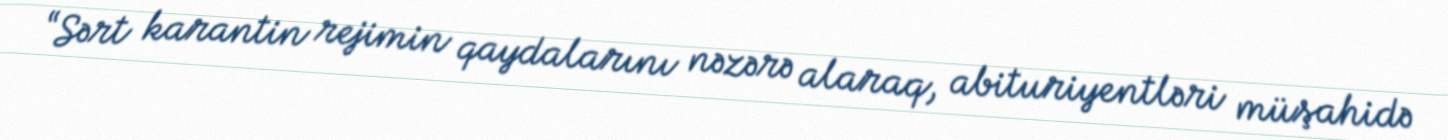
“Sərt karantin rejimin qaydalarını nəzərə alaraq, abituriyentləri müşahidə